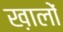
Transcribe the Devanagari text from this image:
ख़ालों